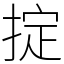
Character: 掟